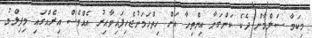
މިކަމާ ސަލްމާން ދެކެ ކަންގަނާ އިންތިހާ އަށް ހިތްހަމަނުޖެހިފައިވާއިރު އެއްވެސް އިރެއްގައި މިފިލްމު